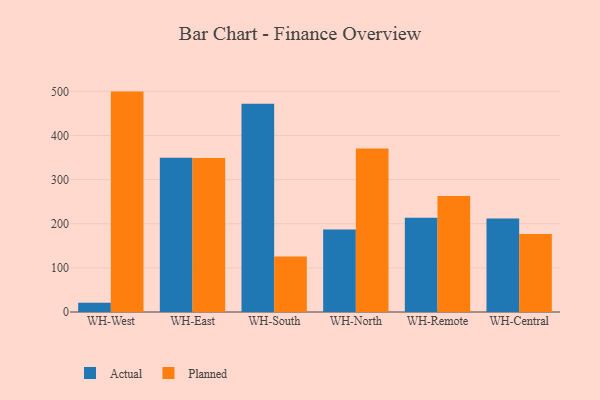
{"axis": {"x": "Warehouse", "y": "Production Output"}, "legend": ["Actual", "Planned"], "data": [{"x": "WH-West", "y": 21.2, "type": "Actual"}, {"x": "WH-West", "y": 499.4, "type": "Planned"}, {"x": "WH-East", "y": 349.7, "type": "Actual"}, {"x": "WH-East", "y": 349.1, "type": "Planned"}, {"x": "WH-South", "y": 472.1, "type": "Actual"}, {"x": "WH-South", "y": 125.5, "type": "Planned"}, {"x": "WH-North", "y": 187.1, "type": "Actual"}, {"x": "WH-North", "y": 370.2, "type": "Planned"}, {"x": "WH-Remote", "y": 213.5, "type": "Actual"}, {"x": "WH-Remote", "y": 262.8, "type": "Planned"}, {"x": "WH-Central", "y": 211.7, "type": "Actual"}, {"x": "WH-Central", "y": 176.9, "type": "Planned"}]}